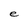
Character: e